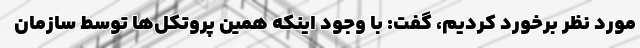
مورد نظر برخورد کردیم، گفت: با وجود اینکه همین پروتکل‌ها توسط سازمان